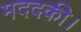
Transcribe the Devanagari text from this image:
मददकी।